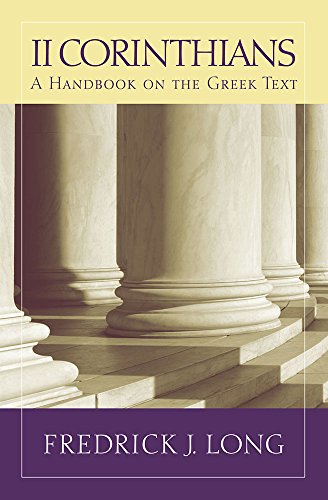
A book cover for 2 Corinthians: A Handbook on the Greek Text (Baylor Handbook of the Greek New Testament); Fredrick Long; Christian Books & Bibles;